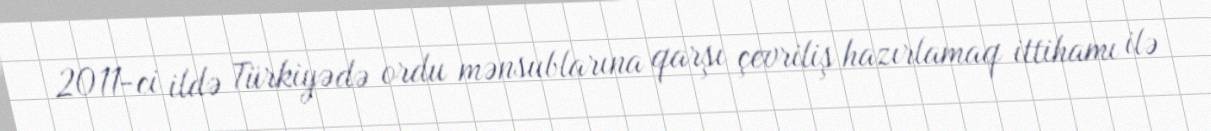
2011-ci ildə Türkiyədə ordu mənsublarına qarşı çevriliş hazırlamaq ittihamı ilə